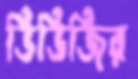
ডিডিজির